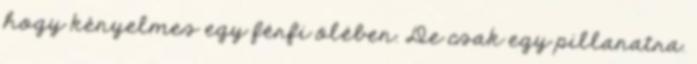
hogy kényelmes egy férfi ölében. De csak egy pillanatra.